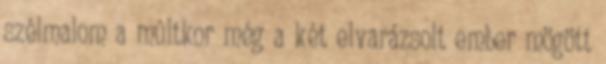
szélmalom a múltkor még a két elvarázsolt ember mögött